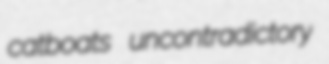
catboats uncontradictory